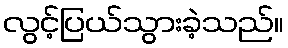
လွင့်ပြယ်သွားခဲ့သည်။